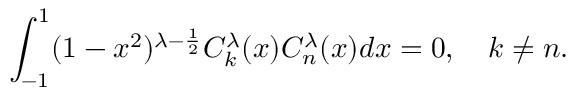
\int _ { - 1 } ^ { 1 } ( 1 - x ^ { 2 } ) ^ { \lambda - \frac { 1 } { 2 } } C _ { k } ^ { \lambda } ( x ) C _ { n } ^ { \lambda } ( x ) d x = 0 , \quad k \neq n .